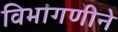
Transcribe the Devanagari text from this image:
विभागणीने